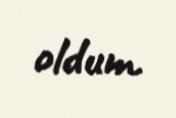
oldum.